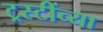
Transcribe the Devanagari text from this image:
ट्रस्टींच्या